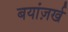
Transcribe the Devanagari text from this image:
बयांज़र्ख